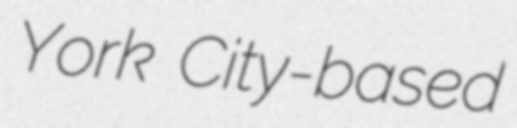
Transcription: York City-based